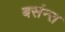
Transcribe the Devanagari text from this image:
बसंन्त